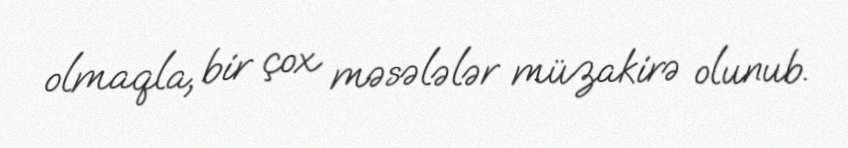
olmaqla, bir çox məsələlər müzakirə olunub.